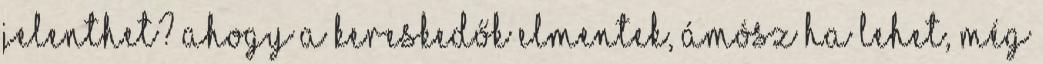
jelenthet? Ahogy a kereskedők elmentek, Ámósz ha lehet, még